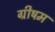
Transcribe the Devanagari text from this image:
ग्रीषम